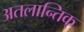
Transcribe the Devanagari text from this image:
अतलान्तिक्